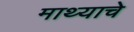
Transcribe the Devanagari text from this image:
माथ्याचे